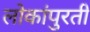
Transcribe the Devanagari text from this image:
लोकांपुरती